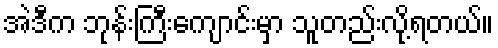
အဲဒီက ဘုန်းကြီးကျောင်းမှာ သူတည်းလို့ရတယ်။